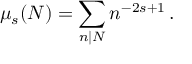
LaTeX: \mu _ { s } ( N ) = \sum _ { n | N } n ^ { - 2 s + 1 } \, .